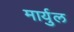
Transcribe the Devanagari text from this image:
मार्युल